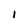
Character: I